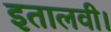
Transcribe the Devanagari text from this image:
इतालवी।